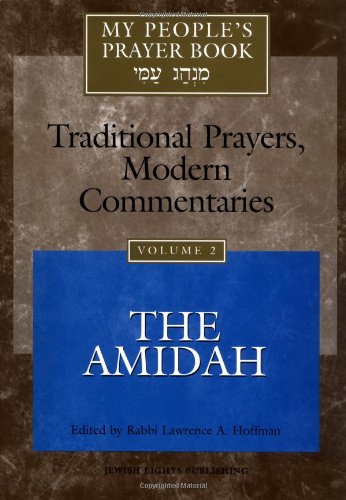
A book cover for My People's Prayer Book, Vol. 2: Traditional Prayers, Modern Commentaries--The Amidah; Religion & Spirituality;